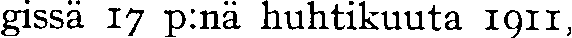
gissä 17 p:nä huhtikuuta 1911,